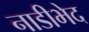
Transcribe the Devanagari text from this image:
नाडीभेद